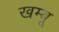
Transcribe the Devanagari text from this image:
खम्बू